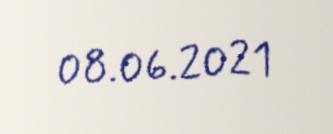
08.06.2021